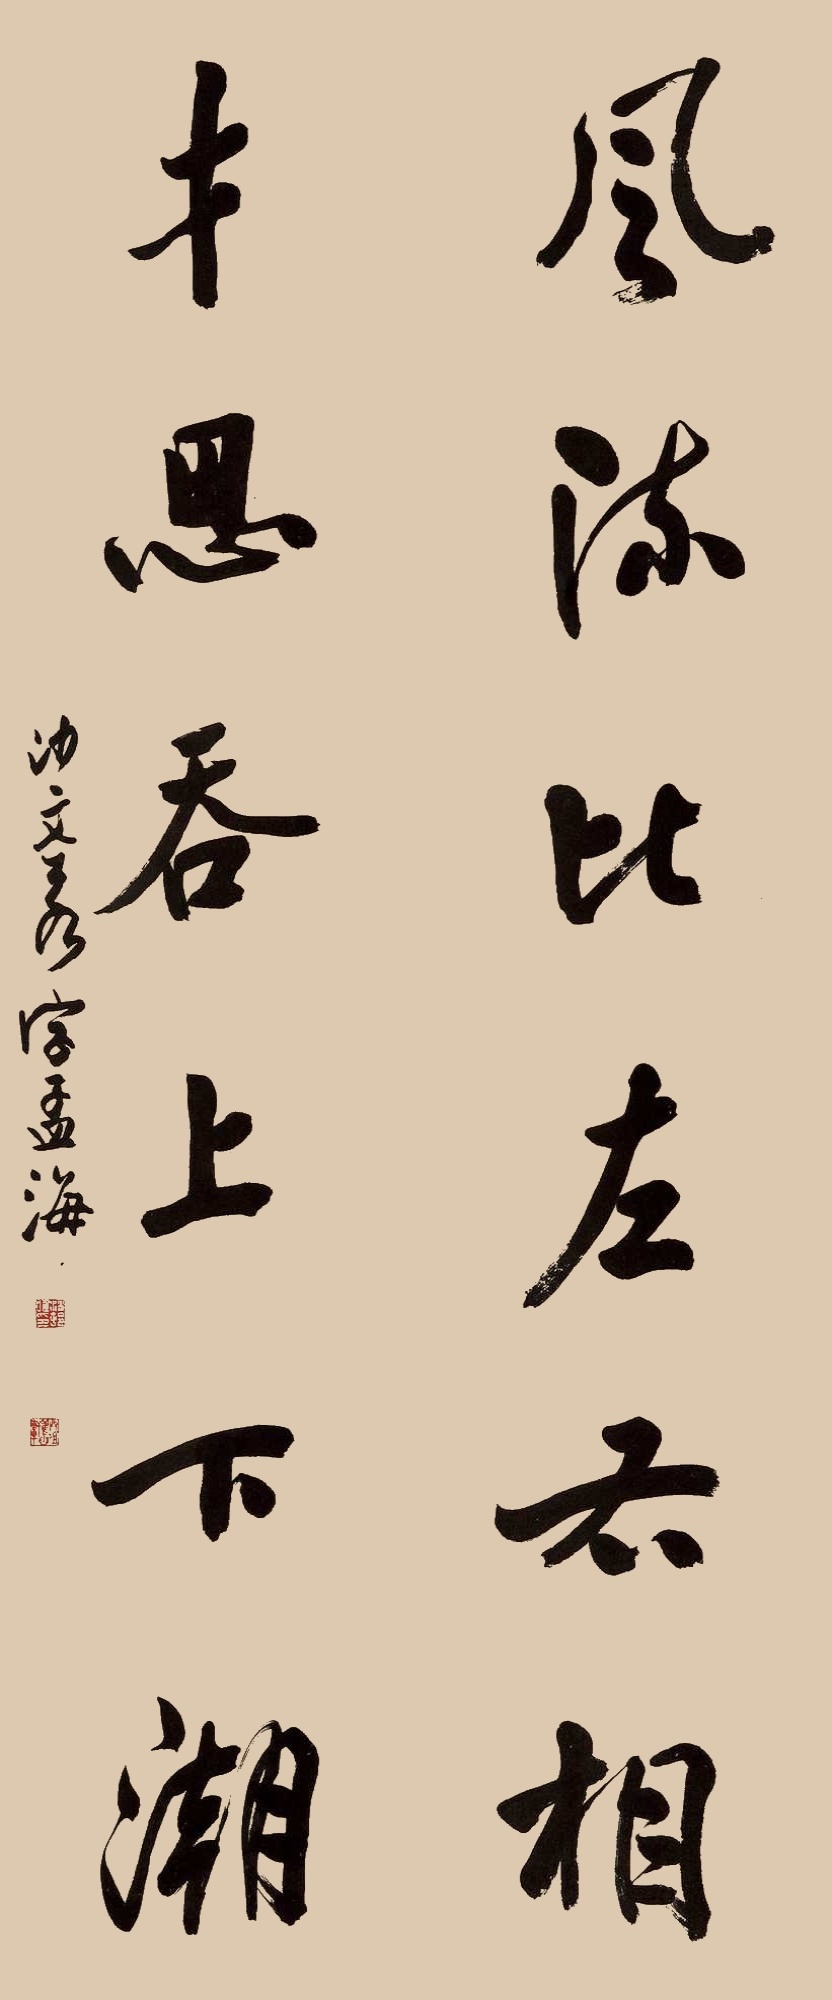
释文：风流比左右相，才思吞上下潮。沙文若字孟海。